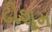
ઢીશૂમ